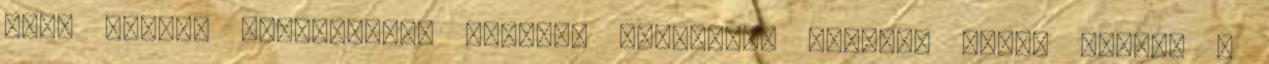
Len- dület, frissesség, kreatív fantázia, meglepő zenei világ. A